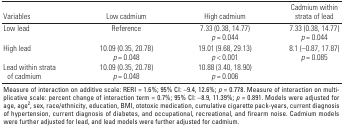
<table><thead><tr><td><b>Variables</b></td><td><b>Low cadmium</b></td><td><b>High cadmium</b></td><td><b>Cadmium within strata of lead</b></td></tr></thead><tbody><tr><td>Low lead</td><td>Reference</td><td>7.33 (0.38, 14.77) p = 0.044</td><td>7.33 (0.38, 14.77) p = 0.044</td></tr><tr><td>High lead </td><td>10.09 (0.35, 20.78) p = 0.048</td><td>19.01 (9.68, 29.13) p &lt; 0.001</td><td>8.1 (–0.87, 17.87) p = 0.085</td></tr><tr><td>Lead within strata of cadmium</td><td>10.09 (0.35, 20.78) p = 0.048</td><td>10.88 (3.40, 18.90) p = 0.006</td></tr><tr><td colspan="7">Measure of interaction on additive scale: RERI = 1.6%; 95%CI: –9.4, 12.6%; p = 0.778. Measure of interaction on multiplicativescale: percent change of interaction term = 0.7%; 95% CI: –8.9, 11.39%;p = 0.891. Models were adjusted for age, age2, sex, race/ethnicity,education, BMI, ototoxic medication, cumulative cigarette pack-years,current diagnosis of hypertension, current diagnosis of diabetes, andoccupational, recreational, and firearm noise. Cadmium models werefurther adjusted for lead, and lead models were further adjusted forcadmium.</td></tr></tbody></table>